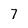
Character: 7